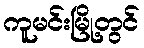
ကူမင်းမြို့တွင်